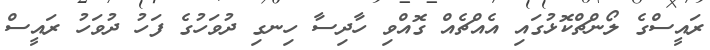
ރައީސްގެ ލޯންޗްކޮޅުގައި އެއްޗެއް ގޮއްވި ހާދިސާ ހިނގި ދުވަހުގެ ފަހު ދުވަހު ރައީސް